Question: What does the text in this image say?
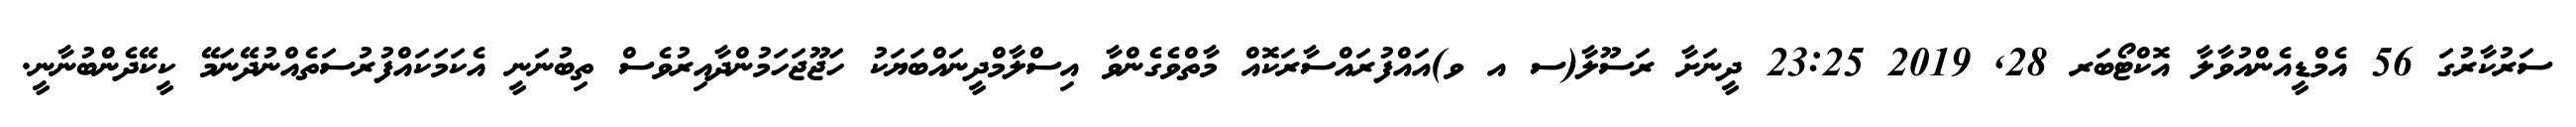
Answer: ސަރުކާރުގަ 56 އެމްޑީއެންއުވާލާ އޮކްޓޯބަރ 28, 2019 23:25 ދީނަށާ ރަސޫލާ(ސ އ ވ)އައްފުރައްސާރަކޮއް މާތްވެގެންވާ އިސްލާމްދީނައްބަޔަކު ހަޖޫޖަހަމުންދާއިރުވެސް ތިބުނަނީ އެކަމަކައްފުރުސަތެއްނުދޭނަމޭ ކީކޭދެންބުނާނީ.